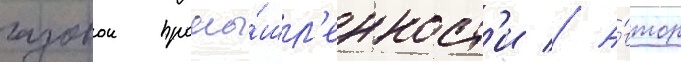
газовои промы́шл'енност'и // А́втор